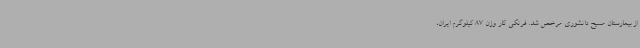
از بیمارستان مسیح دانشوری مرخص شد. فرنگی کار وزن 87 کیلوگرم ایران،